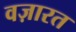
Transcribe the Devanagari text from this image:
वज़ारत